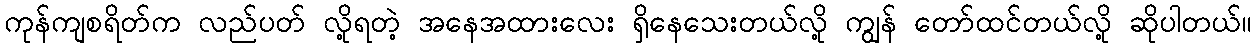
ကုန်ကျစရိတ်က လည်ပတ် လို့ရတဲ့ အနေအထားလေး ရှိနေသေးတယ်လို့ ကျွန် တော်ထင်တယ်လို့ ဆိုပါတယ်။